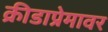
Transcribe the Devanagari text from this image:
क्रीडाप्रेमावर